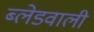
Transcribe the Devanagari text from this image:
ब्लेडवाली